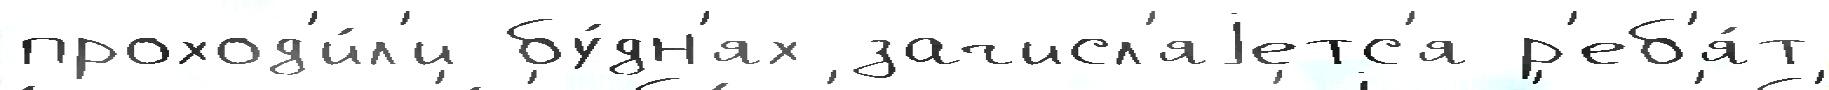
проход'и́л'и бу́дн'ях зачисл'яjетс'я р'еб'я́т